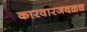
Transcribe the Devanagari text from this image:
कारवारजवळच